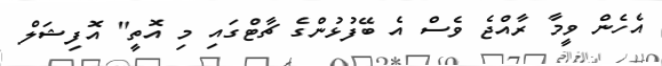
އެހެން ވީމާ ރާއްޖެ ވެސް އެ ބޭފުޅުންގެ ޗާޓްގައި މި އޮތީ" އޮފިޝަލް